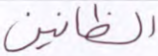
الظانين